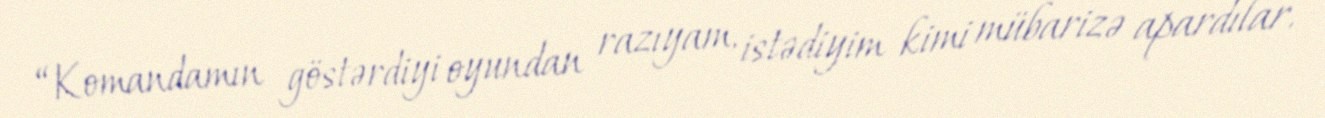
“Komandamın göstərdiyi oyundan razıyam, istədiyim kimi mübarizə apardılar.